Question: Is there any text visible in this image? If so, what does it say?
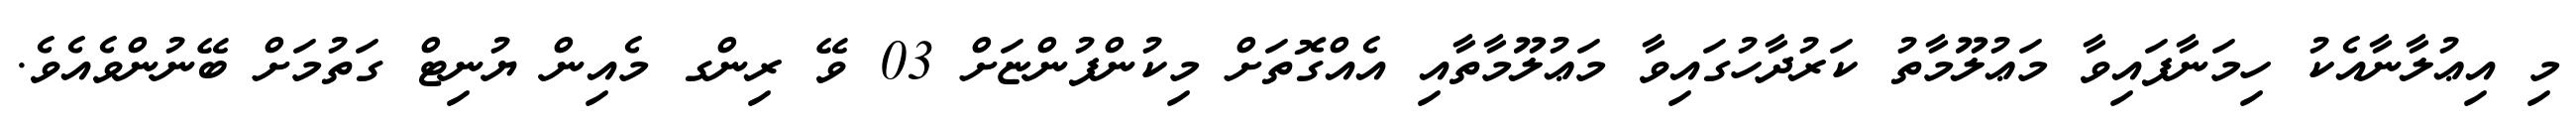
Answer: މި އިޢުލާނާއެކު ހިމަނާފައިވާ މަޢުލޫމާތު ކަރުދާހުގައިވާ މަޢުލޫމާތާއި އެއްގޮތަށް މިކުންފުންޏަށް 03 ވޭ ރިންގ މެއިން ޔުނިޓް ގަތުމަށް ބޭނުންވެއެވެ.